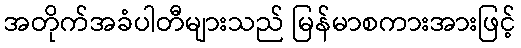
အတိုက်အခံပါတီများသည် မြန်မာစကားအားဖြင့်